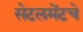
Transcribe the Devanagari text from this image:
सेटलमेंटचे